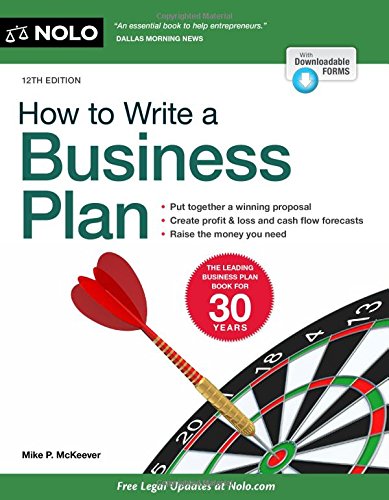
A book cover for How to Write a Business Plan; Mike McKeever; Business & Money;